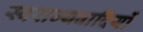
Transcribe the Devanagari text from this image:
स्वराज्यवादियों